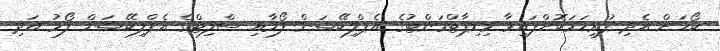
ކޯހަށް އެދި ފުރިހަމަކޮށްފައިވާ މިޑިޕާޓްމަންޓުގެ އެޕްލިކޭޝަން ފޯމާއި ސްލިޓްގެ އެޕްލިކޭޝަން ފޯމު އަދި